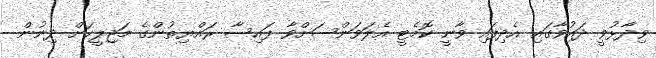
ވިދާޅުވީ ދައުވާގައި އެދިފައި ވާނީ ކޮމެޓީ އެލަވަންސަށްވާ ފައިސާ ރައްޔިތުންގެ މަޖިލީހަށް ދިނުން